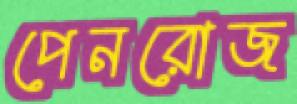
পেনরোজ